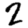
Digit: 2